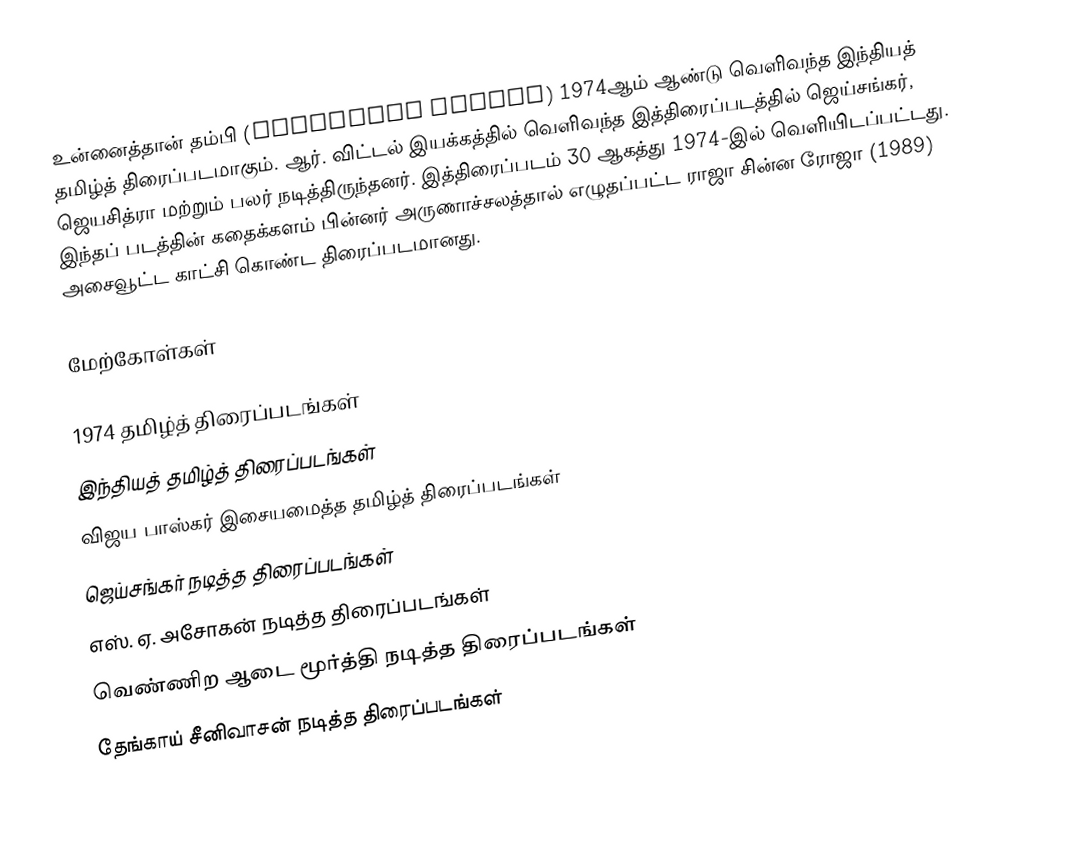
உன்னைத்தான் தம்பி (Unnaithan Thambi) 1974ஆம் ஆண்டு வெளிவந்த இந்தியத் தமிழ்த் திரைப்படமாகும். ஆர். விட்டல் இயக்கத்தில் வெளிவந்த இத்திரைப்படத்தில் ஜெய்சங்கர், ஜெயசித்ரா மற்றும் பலர் நடித்திருந்தனர். இத்திரைப்படம் 30 ஆகத்து 1974-இல் வெளியிடப்பட்டது. இந்தப் படத்தின் கதைக்களம் பின்னர் அருணாச்சலத்தால் எழுதப்பட்ட ராஜா சின்ன ரோஜா (1989) அசைவூட்ட காட்சி கொண்ட திரைப்படமானது.

மேற்கோள்கள்

1974 தமிழ்த் திரைப்படங்கள்
இந்தியத் தமிழ்த் திரைப்படங்கள்
விஜய பாஸ்கர் இசையமைத்த தமிழ்த் திரைப்படங்கள்
ஜெய்சங்கர் நடித்த திரைப்படங்கள்
எஸ். ஏ. அசோகன் நடித்த திரைப்படங்கள்
வெண்ணிற ஆடை மூர்த்தி நடித்த திரைப்படங்கள்
தேங்காய் சீனிவாசன் நடித்த திரைப்படங்கள்